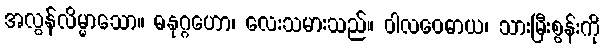
အလွန်လိမ္မာသော။ ဓနုဂ္ဂဟော၊ လေးသမားသည်။ ဝါလဝေဓာယ၊ သားမြီးစွန်းကို